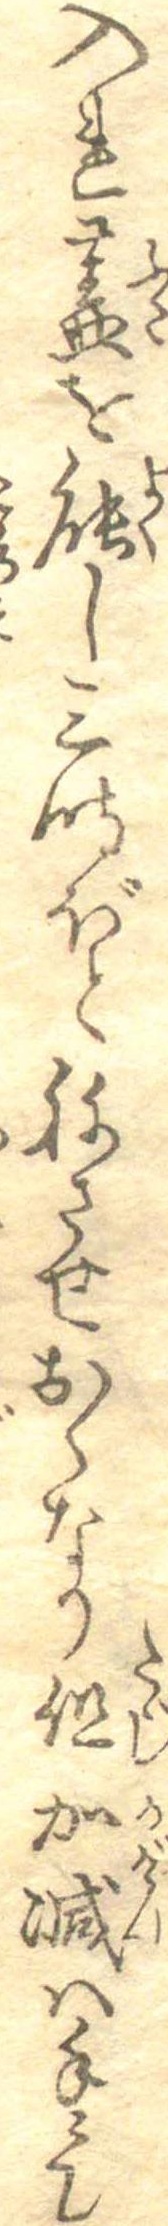
入れ蓋を能し三時ほどねさせおくなり但加減は手にて